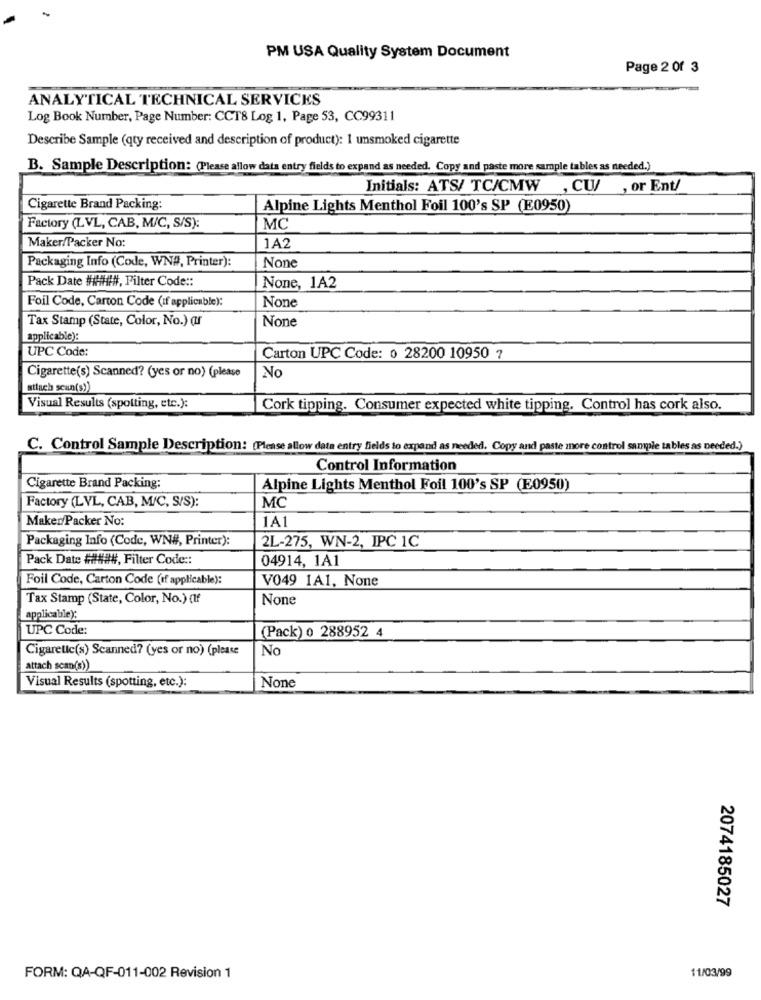
PM USA Quality System Document
Page 2 Of 3
ANALYTICAL TECHNICAL SERVICES
Log Book Number, Page Number: CCT8 Log 1, Page 53, CC99311
Describe Sample (qty received and description of product): 1 unsmoked cigarette
B. Sample Description: (Please allow data entry fields to expand as needed. Copy and paste more sample tables as needed.)
Initials: ATS/ TC/CMW
, CU/ , or Ent/
Cigarette Brand Packing:
Alpine Lights Menthol Foil 100's SP (E0950)
Factory (LVL, CAB, M/C, S/S):
MC
Maker/Packer No:
1A2
Packaging Info (Code, WN#, Printer):
Pack Date #HH##, Filter Code ::
None, 1A2
Foil Code, Carton Code (If applicable):
Tax Stamp (State, Color, No.) (If
applicable):
UPC Code:
Carton UPC Code: 0 28200 10950 7
No
Cigarette(s) Scanned? (yes or no) (please
attach scan(s))
Visual Results (spotting, etc.):
Cork tipping. Consumer expected white tipping. Control has cork also.
C. Control Sample Description: (Please allow data entry fields to expand as needed. Copy and paste more control sample tables as needed.)
Control Information
Cigarette Brand Packing:
Alpine Lights Menthol Foil 100's SP (E0950)
Factory (LVL, CAB, M/C, S/S):
MC
Maker/Packer No:
1A1
Packaging Info (Code, WN#, Printer):
2L-275, WN-2, IPC 1C
Pack Date #####, Filter Code ::
04914, 1A1
Foil Code, Carton Code (If applicable):
V049 1A1, None
Tax Stamp (State, Color, No.) (If
applicable):
UPC Code:
(Pack) o 288952 4
Cigarette(s) Scanned? (yes or no) (please
No
attach scan(s))
Visual Results (spotting, etc.):
2074185027
FORM: QA-QF-011-002 Revision 1
11/03/99